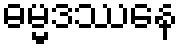
ဓမ္မဒဿနေ